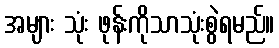
အများ သုံး ဖုန်းကိုသာသုံးစွဲရမည်။